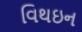
વિથઇન